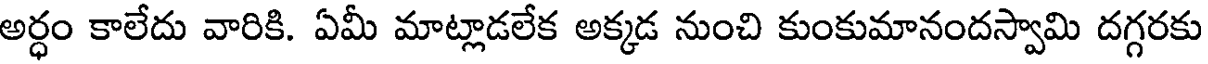
అర్ధం కాలేదు వారికి. ఏమీ మాట్లాడలేక అక్కడ నుంచి కుంకుమానందస్వామి దగ్గరకు